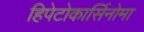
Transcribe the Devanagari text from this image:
हिपेटोकार्सिनोमा